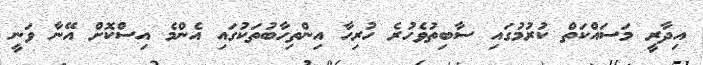
އިދާރީ މަސައްކަތް ކުރުމުގައި ސާބިތުވެހުރެ ހުރިހާ އިންތިހާބުތަކުގައި އެންމެ އިސްކޮށް އޭނާ ވަނީ